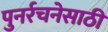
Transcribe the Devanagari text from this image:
पुनर्रचनेसाठी